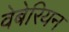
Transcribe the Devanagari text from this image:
वेबेरियन